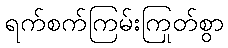
ရက်စက်ကြမ်းကြုတ်စွာ